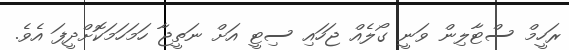
ރަހީމް ސްޓާލިން ވަނީ ގޯލެއް ޖަހައި ސިޓީ އަށް ނަތީޖާ ހަމަހަމަކޮށްދީފަ އެވެ.